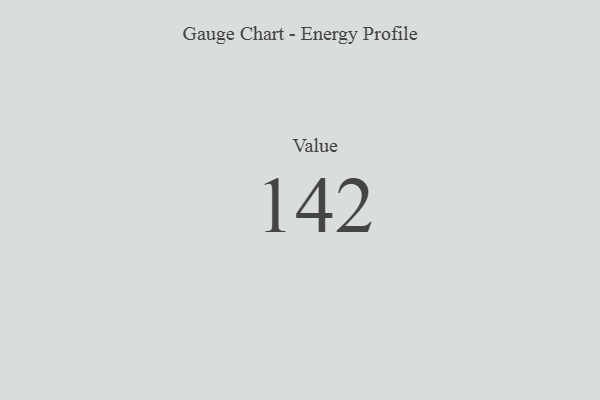
{"axis": {"x": "Metric", "y": "Value"}, "legend": [""], "data": [{"x": "Value", "y": 142, "type": ""}]}